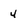
Character: 4